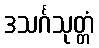
ဒသင်္ဂသုတ္တံ